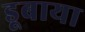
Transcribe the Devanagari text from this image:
डूबाया